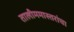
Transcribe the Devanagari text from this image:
तालीममास्तरांचा